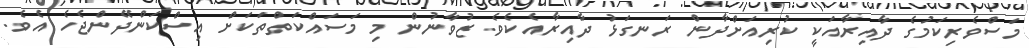
މަސްވެރިކަމުގެ ދާއިރާއަކީ ކުރިއަށްދާން ރަނގަޅު ދާއިރާއެކެވެ. ޒުވާނުން މި މަސައްކަތްތަކަށް އިސްކަންދޭންޖެހެ އެވެ.